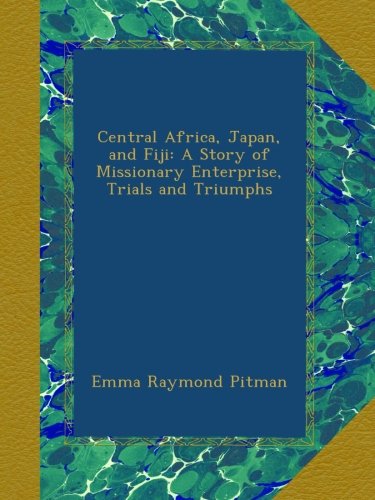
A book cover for Central Africa, Japan, and Fiji: A Story of Missionary Enterprise, Trials and Triumphs; Emma Raymond Pitman; History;